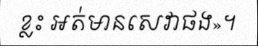
ខ្លះ អត់មានសេវាផង»។